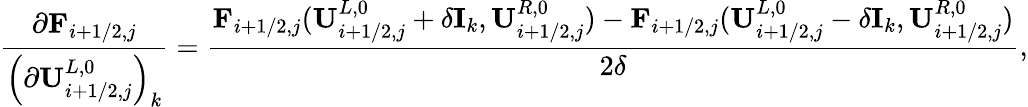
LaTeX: \frac{\partial\mathbf{F}_{i+1/2,j}}{\left(\partial\mathbf{U}_{i+1/2,j}^{L,0}\right)_{k}}=\frac{\mathbf{F}_{i+1/2,j}(\mathbf{U}_{i+1/2,j}^{L,0}+\delta\mathbf{I}_{k},\mathbf{U}_{i+1/2,j}^{R,0})-\mathbf{F}_{i+1/2,j}(\mathbf{U}_{i+1/2,j}^{L,0}-\delta\mathbf{I}_{k},\mathbf{U}_{i+1/2,j}^{R,0})}{2\delta},